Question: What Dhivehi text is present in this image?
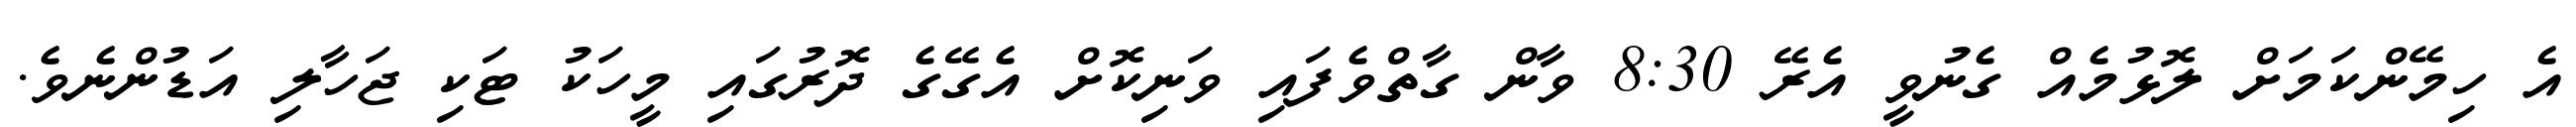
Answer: އެ ހިމޭންކަމަށް ލޮޅުމެއް ގެނުވީ އެރޭ 8:30 ވާން ގާތްވެފައި ވަނިކޮށް އެގޭގެ ދޮރުގައި މީހަކު ޓަކި ޖަހާލި އަޑުންނެވެ.